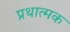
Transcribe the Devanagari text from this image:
प्रथात्मक